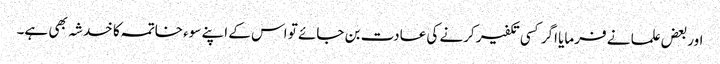
اوربعض علما نے فرمایا اگر کسی تکفیر کرنے کی عادت بن جائے تو اس کے اپنے سوء خاتمہ کا خدشہ بھی ہے۔